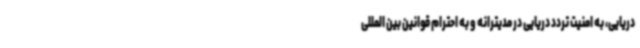
دریایی، به امنیت تردد دریایی در مدیترانه و به احترام قوانین بین المللی